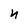
Character: n